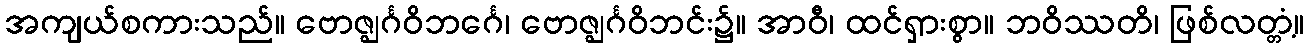
အကျယ်စကားသည်။ ဗောဇ္ဈင်္ဂဝိဘင်္ဂေ၊ ဗောဇ္ဈင်္ဂဝိဘင်း၌။ အာဝီ၊ ထင်ရှားစွာ။ ဘဝိဿတိ၊ ဖြစ်လတ္တံ့။